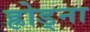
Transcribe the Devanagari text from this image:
ह्रोड्ना